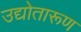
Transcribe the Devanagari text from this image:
उद्योतारूण